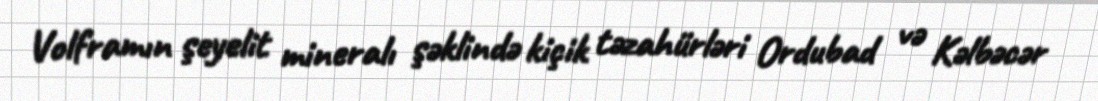
Volframın şeyelit mineralı şəklində kiçik təzahürləri Ordubad və Kəlbəcər